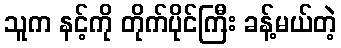
သူက နင့်ကို တိုက်ပိုင်ကြီး ခန့်မယ်တဲ့